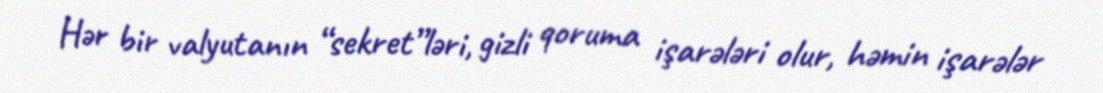
Hər bir valyutanın “sekret”ləri, gizli qoruma işarələri olur, həmin işarələr